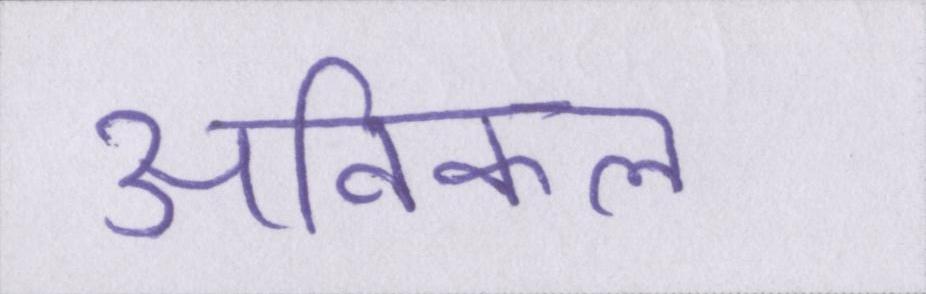
अविकल